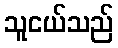
သူငယ်သည်